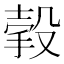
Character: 㨌